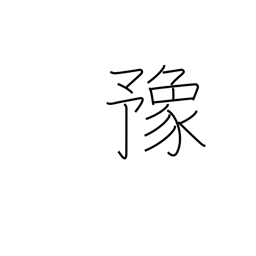
Meaning: at ease